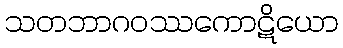
သတဘာဂဝဿကောဋိယော